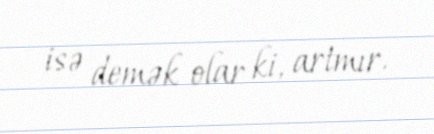
isə demək olar ki, artmır.